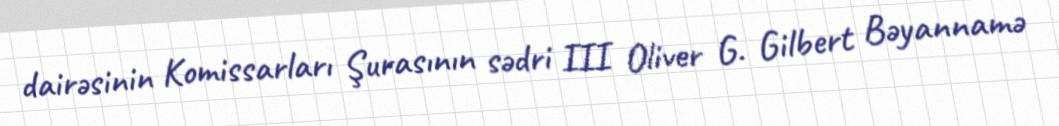
dairəsinin Komissarları Şurasının sədri III Oliver G. Gilbert Bəyannamə